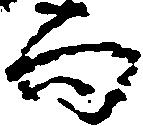
而